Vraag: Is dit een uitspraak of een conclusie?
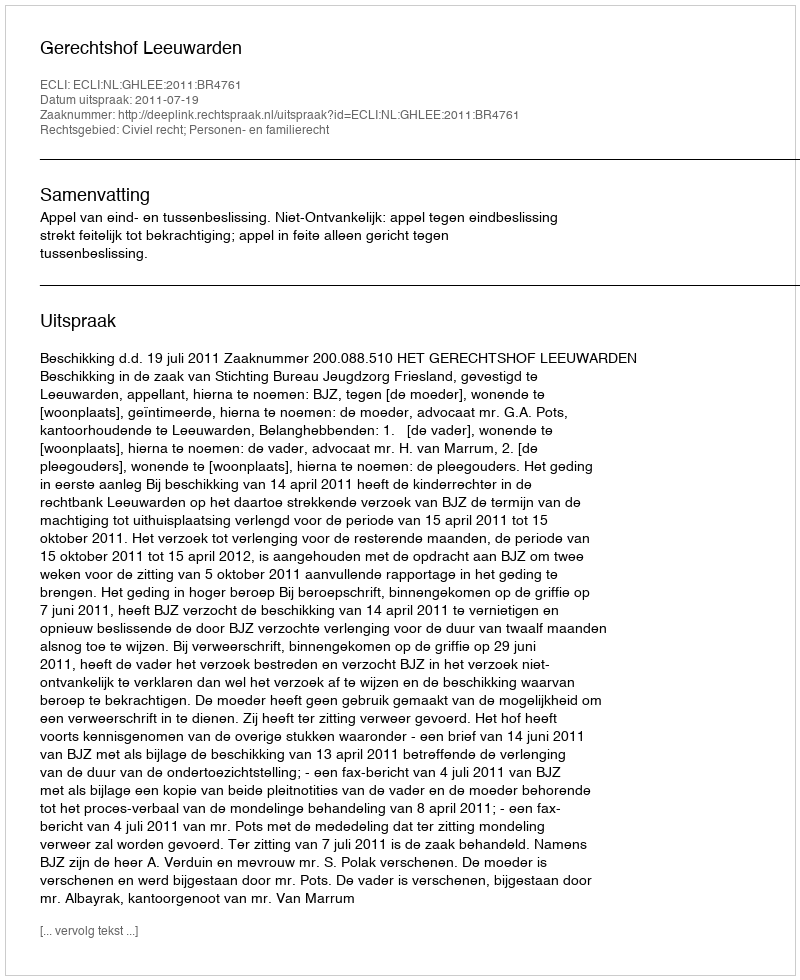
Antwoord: Uitspraak